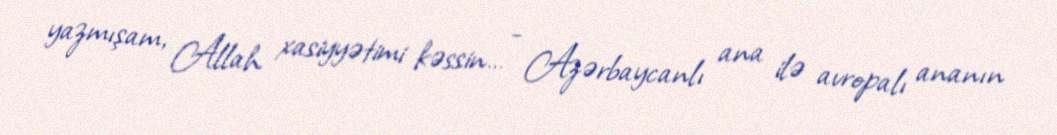
yazmışam, Allah xasiyyətimi kəssin… - Azərbaycanlı ana ilə avropalı ananın